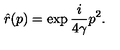
\hat { r } ( p ) = \exp { \frac { i } { 4 \gamma } p ^ { 2 } } .